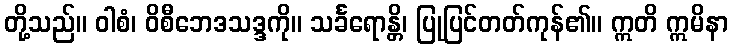
တို့သည်။ ဝါစံ၊ ဝိစီဘေဒသဒ္ဒကို။ သင်္ခရောန္တိ၊ ပြုပြင်တတ်ကုန်၏။ ဣတိ ဣမိနာ